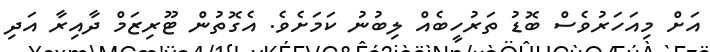
އަށް މިއަހަރުވެސް ބޮޑު ތަރުހީބެއް ލިބުނު ކަމަށެވެ. އެގޮތުން ޓޫރިޒަމް ދާއިރާ އަދި